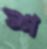
শ